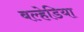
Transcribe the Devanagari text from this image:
बल्हेडिया